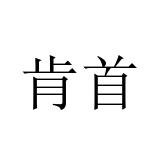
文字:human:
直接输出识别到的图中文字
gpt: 肯首